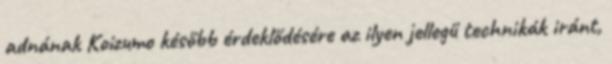
adnának Koizumo később érdeklődésére az ilyen jellegű technikák iránt,